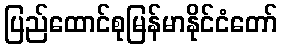
ပြည်ထောင်စုမြန်မာနိုင်ငံတော်